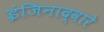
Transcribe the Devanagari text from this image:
इंजिनाद्वारे